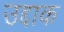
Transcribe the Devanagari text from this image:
उद्दाक